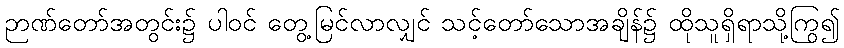
ဉာဏ်တော်အတွင်း၌ ပါဝင် တွေ့မြင်လာလျှင် သင့်တော်သောအချိန်၌ ထိုသူရှိရာသို့ကြွ၍